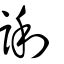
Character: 誗